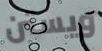
ويستن